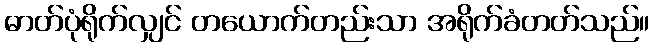
ဓာတ်ပုံရိုက်လျှင် တယောက်တည်းသာ အရိုက်ခံတတ်သည်။